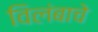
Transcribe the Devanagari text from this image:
विलंबाचे